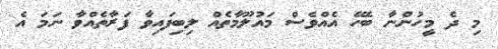
މި ދެ މީހުންނާ ބެހޭ އެއްވެސް މައުލޫމާތެއް ލިބިފައިވާ ފަރާތެއްވާ ނަމަ އެ